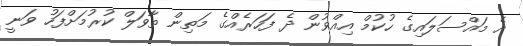
އެ މައްސަލައިގެ ހުކުމް އިއްވުން ދެ ފަހަރެއްގެ މަތިން ތާވަލް ކުރުމަށްފަހު ވަނީ